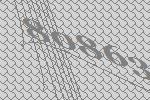
80863